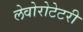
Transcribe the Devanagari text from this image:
लेवोरोटेटरी